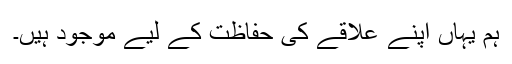
ہم یہاں اپنے علاقے کی حفاظت کے لیے موجود ہیں۔